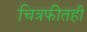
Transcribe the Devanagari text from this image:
चित्रफीतही